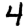
Digit: 4